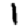
Digit: 1